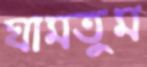
ঘামতুম